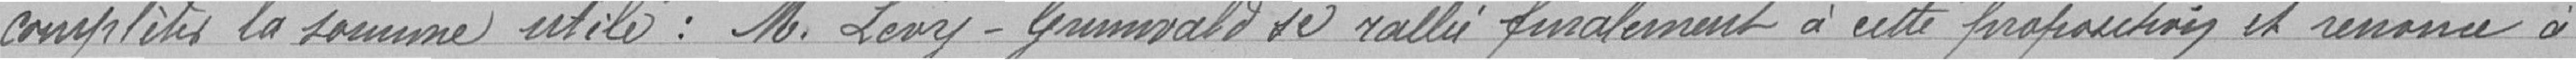
compléter la somme utile: Monsieur Lévy-Grunwald se rallie finalement à une somme et renonce à